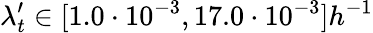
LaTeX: \lambda_{t}^{\prime}\in[1.0\cdot 10^{-3},17.0\cdot 10^{-3}]h^{-1}